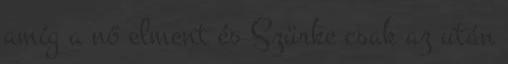
amíg a nő elment és Szürke csak az után